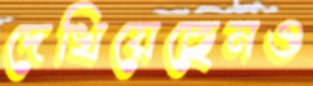
দেখিয়েছেনও